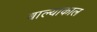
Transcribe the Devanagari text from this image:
बाल्याकाल